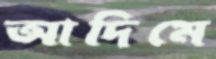
আদিমে